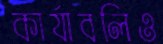
কার্যাবলিও